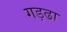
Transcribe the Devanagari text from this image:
गड़ढा